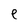
Character: e